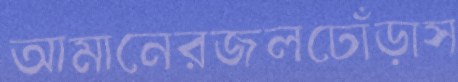
আমানেরজলঢোঁড়াস